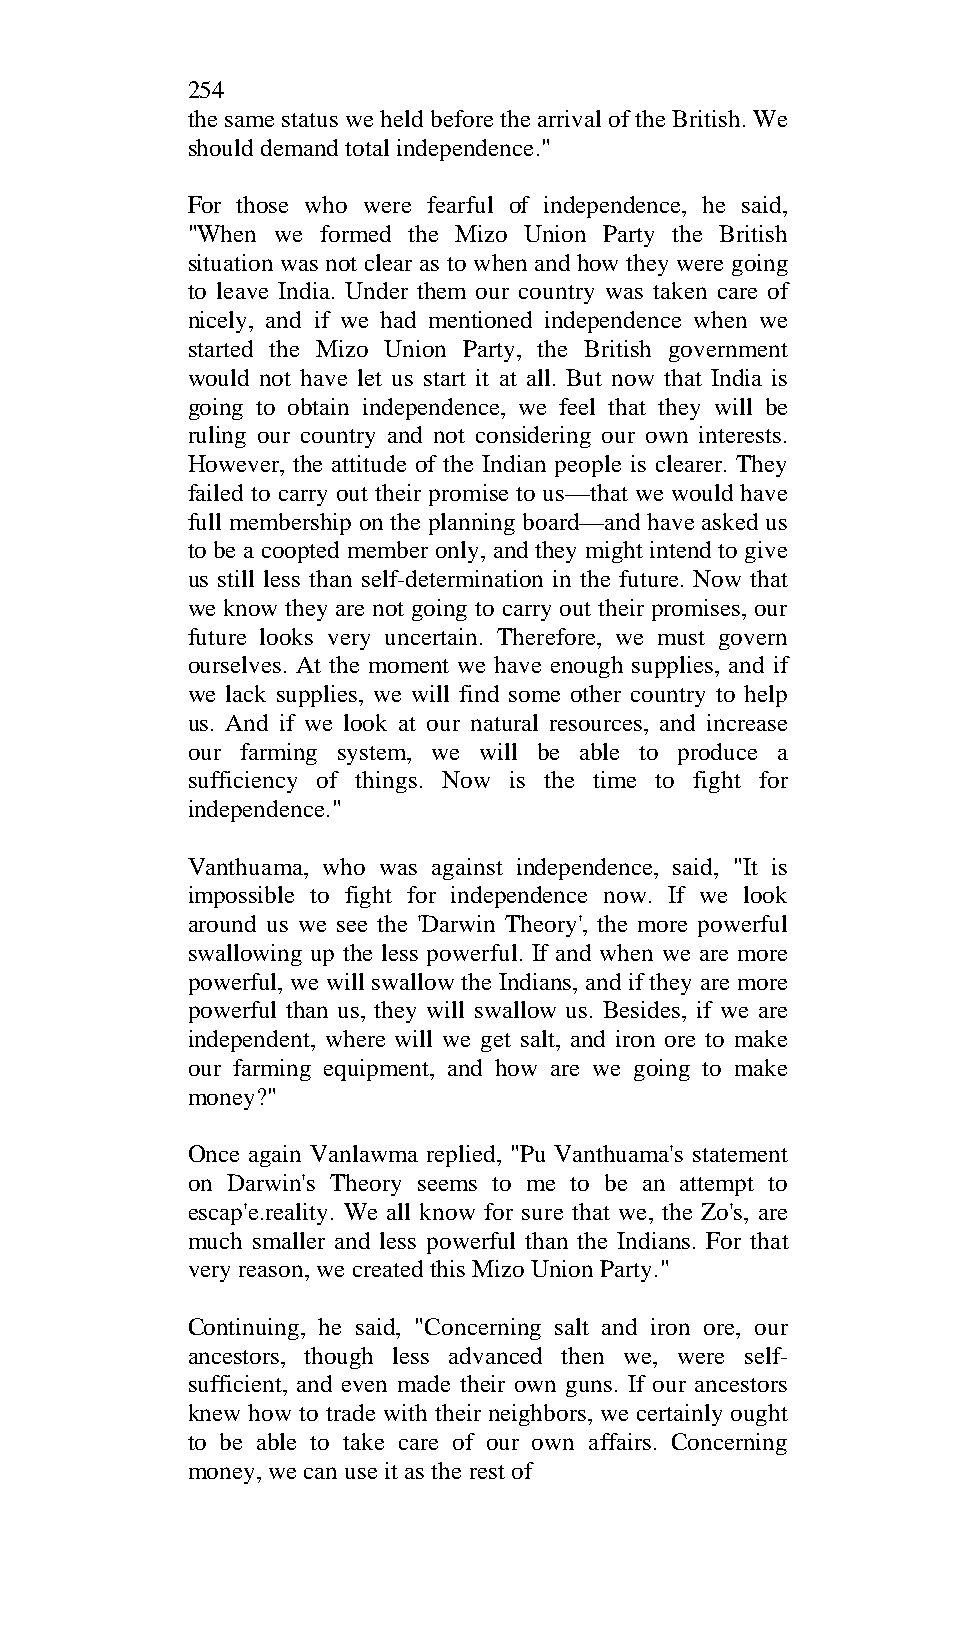
254
 the same status we held before the arrival of the British. We
 should demand total independence."
 For those who were fearful of independence, he said,
 "When we formed the Mizo Union Party the British
 situation was not clear as to when and how they were going
 to leave India. Under them our country was taken care of
 nicely, and if we had mentioned independence when we
 started the Mizo Union Party, the British government
 would not have let us start it at all. But now that India is
 going to obtain independence, we feel that they will be
 ruling our country and not considering our own interests.
 However, the attitude of the Indian people is clearer. They
 failed to carry out their promise to us—that we would have
 full membership on the planning board—and have asked us
 to be a coopted member only, and they might intend to give
 us still less than self-determination in the future. Now that
 we know they are not going to carry out their promises, our
 future looks very uncertain. Therefore, we must govern
 ourselves. At the moment we have enough supplies, and if
 we lack supplies, we will find some other country to help
 us. And if we look at our natural resources, and increase
 our farming system, we will be able to produce a
 sufficiency of things. Now is the time to fight for
 independence."
 Vanthuama, who was against independence, said, "It is
 impossible to fight for independence now. If we look
 around us we see the 'Darwin Theory', the more powerful
 swallowing up the less powerful. If and when we are more
 powerful, we will swallow the Indians, and if they are more
 powerful than us, they will swallow us. Besides, if we are
 independent, where will we get salt, and iron ore to make
 our farming equipment, and how are we going to make
 money?"
 Once again Vanlawma replied, "Pu Vanthuama's statement
 on Darwin's Theory seems to me to be an attempt to
 escap'e.reality. We all know for sure that we, the Zo's, are
 much smaller and less powerful than the Indians. For that
 very reason, we created this Mizo Union Party."
 Continuing, he said, "Concerning salt and iron ore, our
 ancestors, though less advanced then we, were self-
 sufficient, and even made their own guns. If our ancestors
 knew how to trade with their neighbors, we certainly ought
 to be able to take care of our own affairs. Concerning
 money, we can use it as the rest of